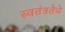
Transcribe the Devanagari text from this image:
स्वतंत्रतेचे